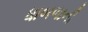
ધાબળાની